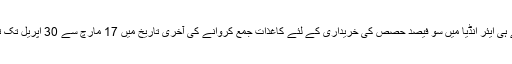
حکومت نے پہلے ہی ایئر انڈیا میں سو فیصد حصص کی خریداری کے لئے کاغذات جمع کروانے کی آخری تاریخ میں 17 مارچ سے 30 اپریل تک توسیع کر دی ہے۔